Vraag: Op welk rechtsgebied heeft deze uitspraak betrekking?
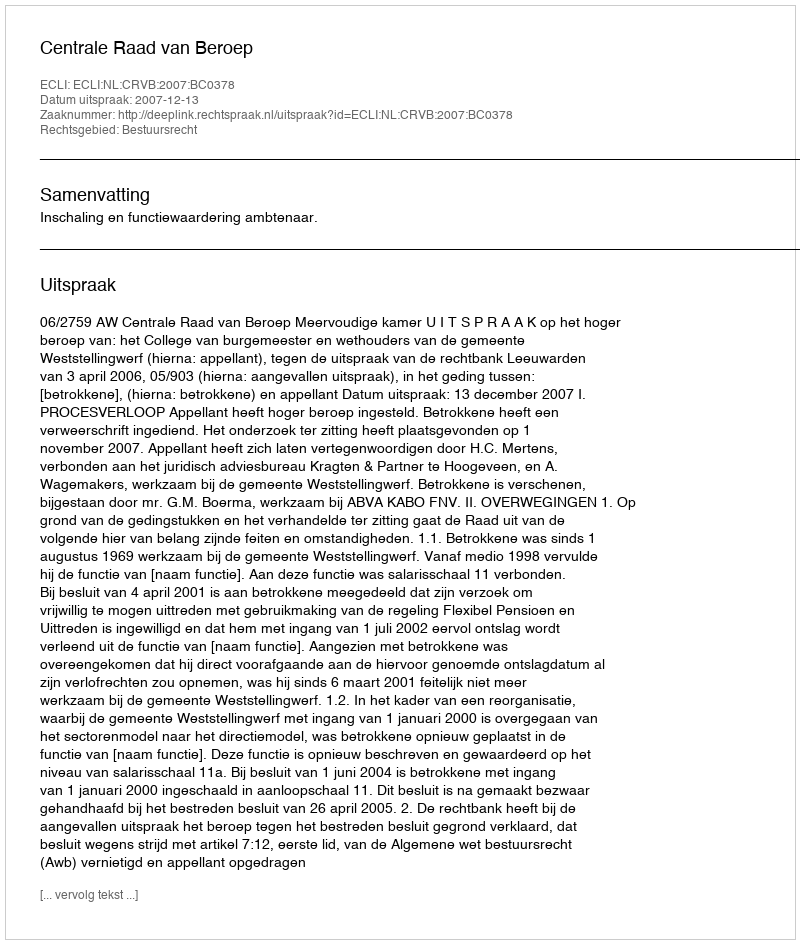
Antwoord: Bestuursrecht